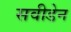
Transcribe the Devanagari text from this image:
सवीडेन